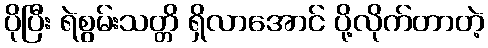
ပိုပြီး ရဲစွမ်းသတ္တိ ရှိလာအောင် ပို့လိုက်တာတဲ့